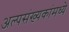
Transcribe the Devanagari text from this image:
अल्पसंख्यकांमध्ये